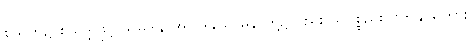
စသုတ်၌ စသဒ္ဒါဖြင့် သမ္ပဒါန အပါဒါနသာဓန တို့၌လည်း ယုပစ္စည်းသက်နိုင်ရကား